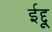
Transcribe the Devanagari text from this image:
ईद्दू